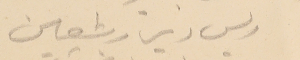
ريس دير رشعين